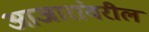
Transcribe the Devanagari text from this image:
आजारांवरील